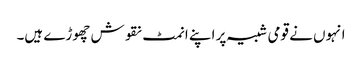
انہوں نے قومی شبیہ پر اپنے انمٹ نقوش چھوڑے ہیں۔